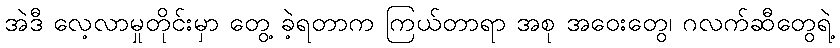
အဲဒီ လေ့လာမှုတိုင်းမှာ တွေ့ ခဲ့ရတာက ကြယ်တာရာ အစု အဝေးတွေ၊ ဂလက်ဆီတွေရဲ့